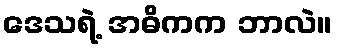
ဒေသရဲ့ အဓိကက ဘာလဲ။